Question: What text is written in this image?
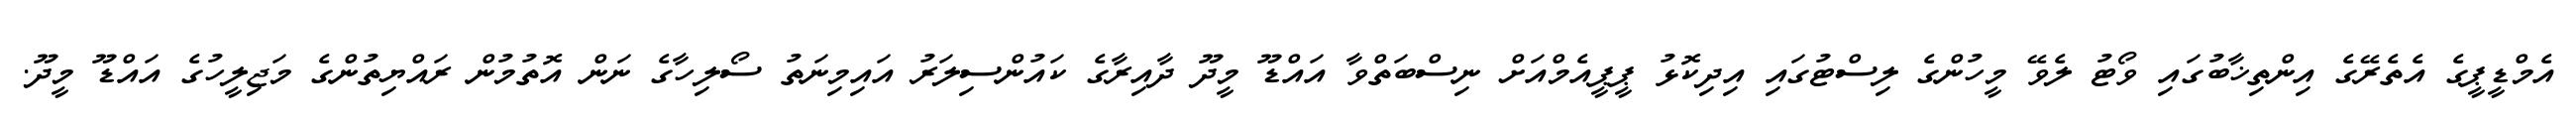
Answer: އެމްޑީޕީގެ އެތެރޭގެ އިންތިޚާބުގައި ވޯޓު ލެވޭ މީހުންގެ ލިސްޓުގައި އިދިކޮޅު ޕީޕީއެމްއަށް ނިސްބަތްވާ އައްޑޫ މީދޫ ދާއިރާގެ ކައުންސިލަރު އައިމިނަތު ސޯލިހާގެ ނަން އޮތުމުން ރައްޔިތުންގެ މަޖިލީހުގެ އައްޑޫ މީދޫ.